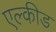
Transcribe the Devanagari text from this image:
एल्कीड